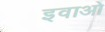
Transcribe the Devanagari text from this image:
इवाओ